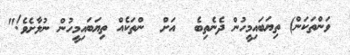
ވަންތަކަން) ތިޔަބައިމީހުން ދެނެތިބެ  އަށް  ންތަކެއް ތިޔަބައިމީހުން ނުލާށެވެ!"